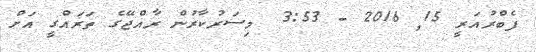
ފެބްރުއަރީ 15